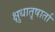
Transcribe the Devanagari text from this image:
क्षुधातृषार्ता